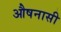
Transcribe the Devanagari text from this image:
औषनासी